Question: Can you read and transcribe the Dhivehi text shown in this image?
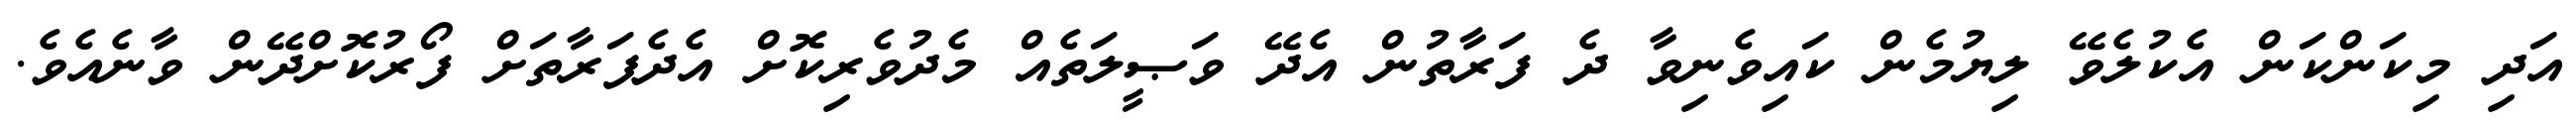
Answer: އަދި މިކަންކަން އެކުލެވޭ ލިޔުމެން ކައިވެނިވާ ދެ ފަރާތުން އެދޭ ވަޞީލަތެއް މެދުވެރިކޮށް އެދެފަރާތަށް ފޯރުކޮށްދޭން ވާނެއެވެ.